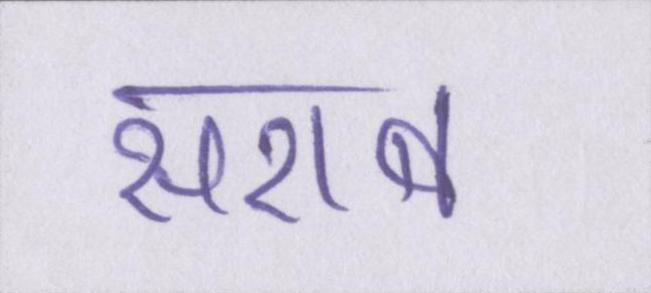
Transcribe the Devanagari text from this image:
सराब